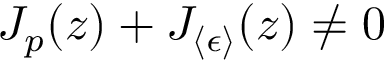
J _ { p } ( z ) + J _ { \langle \epsilon \rangle } ( z ) \ne 0